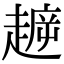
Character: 𧼳